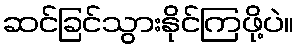
ဆင်ခြင်သွားနိုင်ကြဖို့ပဲ။